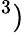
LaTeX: ^3)